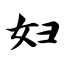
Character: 妇